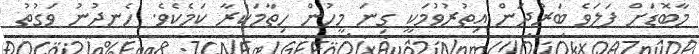
މާބޮޑަށް ފަލަވެ ބަރުދަން އިތުރުވުމަކީ ގިނަ މީހުން ހިތާމަކުރާ ކަމެކެވެ. ހެނދުނު ވަގުތު